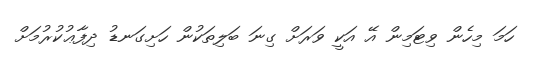
ހަމަ މިހެން ވިޓަމިން އޭ އަކީ ވަރަށް ގިނަ ބަލިތަކުން ހަށިގަނޑު ދިފާާޢުކުރުމަށް